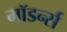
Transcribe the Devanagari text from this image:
मॉडर्न्स